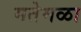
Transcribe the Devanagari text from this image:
मतेमळा